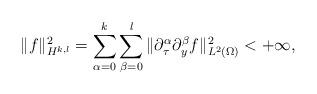
LaTeX: \begin{align*}\|f\|_{H^{k, l}}^2=\sum\limits_{\alpha=0}^{k}\sum\limits_{\beta=0}^{l}\|\partial_\tau^\alpha\partial_y^\beta f\|_{L^2(\Omega)}^2<+\infty,\end{align*}